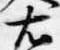
右